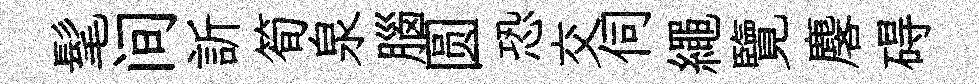
髦间訢筍泉腦圆恐交伺繩覽麐碍